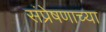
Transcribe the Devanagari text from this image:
संप्रेषणाच्या